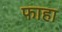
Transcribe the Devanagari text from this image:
फाहा